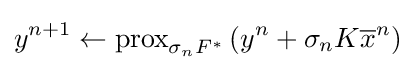
y^{n+1}\leftarrow {\text{prox}}_{\sigma _{n}F^{*}}\left(y^{n}+\sigma _{n}K{\overline {x}}^{n}\right)